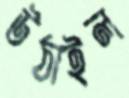
উঠাইল